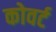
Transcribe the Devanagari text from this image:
कोवर्ट